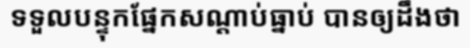
ទទួលបន្ទុកផ្នែកសណ្តាប់ធ្នាប់ បានឲ្យដឹងថា